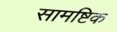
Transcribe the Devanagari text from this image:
सामष्टिक